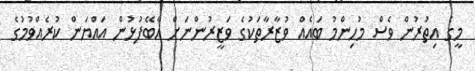
މީގެ އިތުރުން ވެސް މުހިންމު ބައެއް ވުޒާރާތަކުގެ ވަޒީރުންނަށް އާބޭފުޅުން އައްޔަން ކުރެއްވުމުގެ